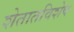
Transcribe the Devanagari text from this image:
शेतातविशेष